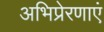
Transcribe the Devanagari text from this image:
अभिप्रेरणाएं